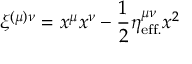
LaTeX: \xi ^ { ( \mu ) \nu } = x ^ { \mu } x ^ { \nu } - { \frac { 1 } { 2 } } \eta _ { \mathrm { e f f . } } ^ { \mu \nu } x ^ { 2 }